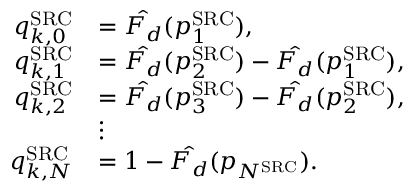
\begin{array} { r l } { q _ { k , 0 } ^ { \mathrm { S R C } } } & { = \hat { F _ { d } } ( p _ { 1 } ^ { \mathrm { S R C } } ) , } \\ { q _ { k , 1 } ^ { \mathrm { S R C } } } & { = \hat { F _ { d } } ( p _ { 2 } ^ { \mathrm { S R C } } ) - \hat { F _ { d } } ( p _ { 1 } ^ { \mathrm { S R C } } ) , } \\ { q _ { k , 2 } ^ { \mathrm { S R C } } } & { = \hat { F _ { d } } ( p _ { 3 } ^ { \mathrm { S R C } } ) - \hat { F _ { d } } ( p _ { 2 } ^ { \mathrm { S R C } } ) , } \\ & { \vdots } \\ { q _ { k , N } ^ { \mathrm { S R C } } } & { = 1 - \hat { F _ { d } } ( p _ { N ^ { \mathrm { S R C } } } ) . } \end{array}